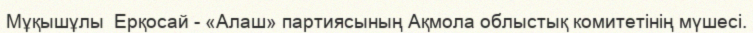
Мұқышұлы  Ерқосай - «Алаш» партиясының Ақмола облыстық комитетінің мүшесі.